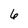
Character: 6